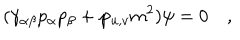
( \gamma _ { \alpha \beta } p _ { \alpha } p _ { \beta } + \wp _ { u , v } m ^ { 2 } ) \psi = 0 \quad ,